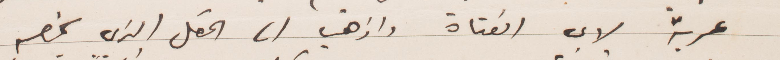
عربة لابي الفتاة واذهب الى الحقل الذي يخصه